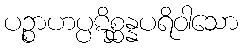
ပဉ္စာဟပ္ပဋိစ္ဆန္နပရိဝါသော